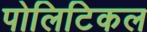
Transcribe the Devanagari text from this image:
पोलिटिकल